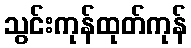
သွင်းကုန်ထုတ်ကုန်